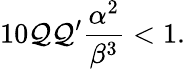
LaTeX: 10{\cal Q}{\cal Q^{\prime}}\frac{\alpha^{2}}{\beta^{3}}<1.